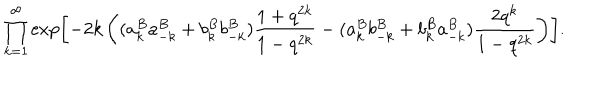
\prod _ { k = 1 } ^ { \infty } \exp \left[ - 2 k \left( ( a _ { k } ^ { B } a _ { - k } ^ { B } + b _ { k } ^ { B } b _ { - k } ^ { B } ) \frac { 1 + q ^ { 2 k } } { 1 - q ^ { 2 k } } - ( a _ { k } ^ { B } b _ { - k } ^ { B } + b _ { k } ^ { B } a _ { - k } ^ { B } ) \frac { 2 q ^ { k } } { 1 - q ^ { 2 k } } \right) \right] .